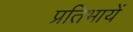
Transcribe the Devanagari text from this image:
प्रतिभायें